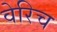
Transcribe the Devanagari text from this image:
वेरिच